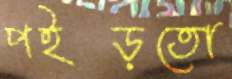
পইড়তো